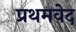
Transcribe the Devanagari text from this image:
प्रथमवेद